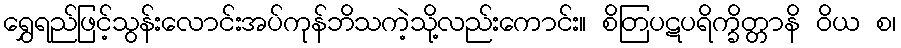
ရွှေရည်ဖြင့်သွန်းလောင်းအပ်ကုန်ဘိသကဲ့သို့လည်းကောင်း။ စိတြပဋပရိက္ခိတ္တာနိ ဝိယ စ၊